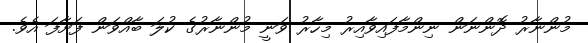
މުންނާރު ދޮންނަން ނިންމާފައިވާއިރު މިހާރު ވަނީ މުންނާރުގެ ކުލަ ބާއްވަން ފަށާފަ އެވެ.